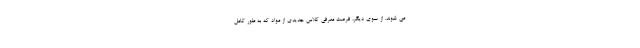
می شوند. از سوی دیگر، فرصت معرفی کلاس جدیدی از مواد که به طور کامل